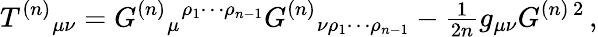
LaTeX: T^{(n)}{}_{\mu\nu}=G^{(n)}{}_{\mu}{}^{\rho_{1}\cdots\rho_{n-1}}G^{(n)}{}_{\nu\rho_{1}\cdots\rho_{n-1}}-{\textstyle\frac{1}{2n}}g_{\mu\nu}G^{(n)\, 2}\, ,